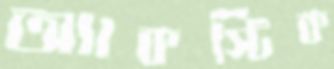
অ্যাকস্টিক